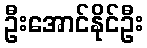
ဦးအောင်နိုင်ဦး